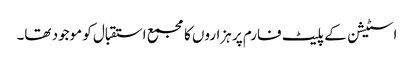
اسٹیشن کے پلیٹ فارم پر ہزاروں کا مجمع استقبال کو موجود تھا۔